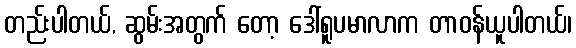
တည်းပါတယ်, ဆွမ်းအတွက် တော့ ဒေါ်ရူပမာလာက တာဝန်ယူပါတယ်၊